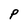
Character: P